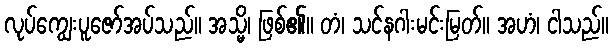
လုပ်ကျွေးပူဇော်အပ်သည်။ အသ္မိ၊ ဖြစ်၏။ တံ၊ သင်နဂါးမင်းမြတ်။ အဟံ၊ ငါသည်။